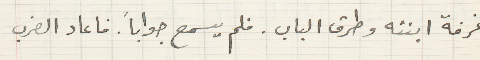
غرفة ابنته وطرق الباب . فلم يسمع جواباً .فاعاد الضرب